Civil Veterinary Dept. Bombay admin report 1907-1913 - 1907-1913
Year: 1907
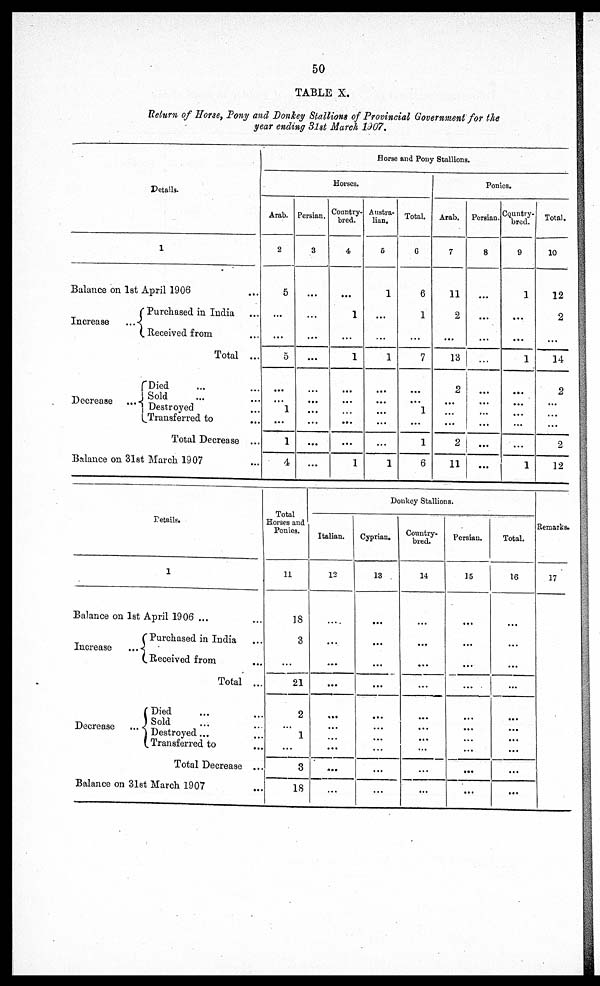
50
TABLE X.
Return of Horse, Pony and Donkey Stallions of Provincial Government for the
year ending 31st March 1907.
Details.
1
Balance on 1st April 1906 ...
Increase
...
Purchased in India ...
Received from ...
Total ...
Decrease
...
Died ... ...
Sold ... ...
Destroyed ....
Transferred to ...
Total Decrease ...
Balance on 31st March 1907 ...
Horse and Pony Stallions.
Horses.
Arab.
2
5
...
...
5
...
1
...
1
4
Persian.
3
...
...
...
...
...
...
...
...
...
Country-
bred.
4
...
1
...
1
...
...
...
...
1
Austra-
lian.
5
1
...
...
1
...
...
...
...
1
Total.
6
6
1
...
7
...
1
...
1
6
Ponies
Arab.
7
11
2
...
18
2
...
...
2
11
Persian.
8
...
...
...
...
...
...
...
...
Country-
bred.
9
1
...
...
1
...
...
...
...
1
Total.
10
12
2
...
14
2
...
...
2
12
Details.
1
Balance on 1st A
pril 1906 ...
Increase
...
Purchased in India ...
Received from ...
Total ...
Decrease
...
Died ... ...
Sold ... ...
Destroyed ... ...
Transferred to ...
Total Decrease ...
Balance on 31st March 1907 ...
Total
Horses and
Ponies.
11
18
3
...
21
2
1
...
3
18
Donkey Stallions.
Italian.
12
....
...
...
...
...
...
...
...
...
Cyprian.
13
...
...
...
...
...
...
...
...
...
Country-
bred.
14
...
...
...
...
...
...
...
...
...
Persian.
15
...
...
...
...
...
...
...
...
...
Total.
16
...
...
...
...
...
...
...
...
...
Remarks.
17